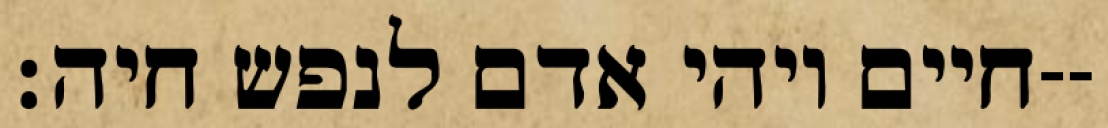
חיים ויהי אדם לנפש חיה׃--